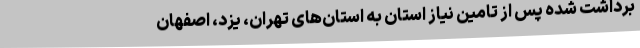
برداشت شده پس از تامین نیاز استان به استان‌های تهران، یزد، اصفهان